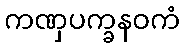
ကဏှပက္ခနဝကံ